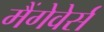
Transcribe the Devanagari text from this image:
मैंगेवेर्स